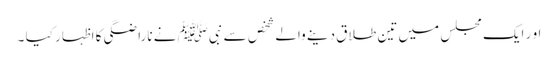
او ر ایک مجلس میں تین طلاق دینے والے شخص سے نبیﷺ نے ناراضگی کا اظہار کیا ۔